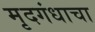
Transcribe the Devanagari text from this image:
मृदगंधाचा